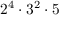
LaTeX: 2 ^ { 4 } \cdot 3 ^ { 2 } \cdot 5